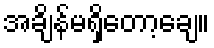
အချိန်မရှိတော့ချေ။